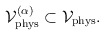
\begin{align*}{\cal V}_{\rm phys}^{(\alpha)} \subset {\cal V}_{\rm phys}. \end{align*}